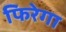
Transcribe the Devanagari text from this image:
फिरेगा